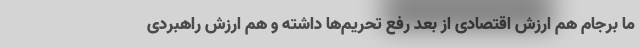
ما برجام هم ارزش اقتصادی از بعد رفع تحریم‌ها داشته و هم ارزش راهبردی